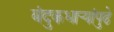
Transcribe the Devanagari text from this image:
बंदुकधार्‍यांपुढे